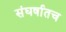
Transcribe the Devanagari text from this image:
संघर्षातच